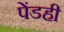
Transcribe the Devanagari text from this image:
पेंडही